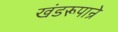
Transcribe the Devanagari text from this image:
खंडरूपान्रे